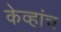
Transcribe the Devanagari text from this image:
केव्हांच